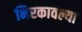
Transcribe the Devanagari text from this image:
भिरकावल्या